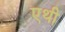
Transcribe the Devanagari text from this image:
एथी